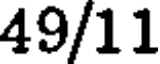
49/11